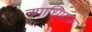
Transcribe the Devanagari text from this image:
उपाधिप्राप्त